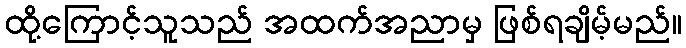
ထို့ကြောင့်သူသည် အထက်အညာမှ ဖြစ်ရချိမ့်မည်။